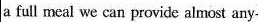
a full meal we can provide almost any-